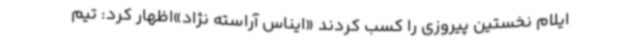
ایلام نخستین پیروزی را کسب کردند «ایناس آراسته نژاد»اظهار کرد: تیم